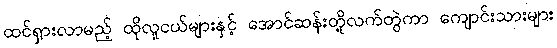
ထင်ရှားလာမည့် ထိုလူငယ်များနှင့် အောင်ဆန်းတို့လက်တွဲကာ ကျောင်းသားများ